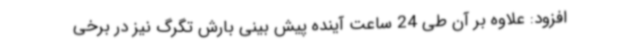
افزود: علاوه بر آن طی 24 ساعت آینده پیش بینی بارش تگرگ نیز در برخی